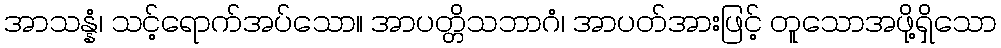
အာသန္နံ၊ သင့်ရောက်အပ်သော။ အာပတ္တိသဘာဂံ၊ အာပတ်အားဖြင့် တူသောအဖို့ရှိသော